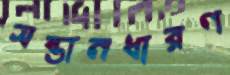
সন্তানধারণ